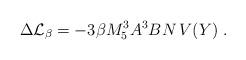
LaTeX: \begin{align*} \Delta{\cal L}_{\beta}=- 3\beta M_5^3 A^3B N\, V(Y) \ . \end{align*}